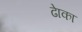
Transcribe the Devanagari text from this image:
ढाेका